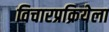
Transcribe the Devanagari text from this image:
विचारप्रक्रियेला